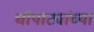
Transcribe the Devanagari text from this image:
चौपाट्यांच्या